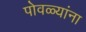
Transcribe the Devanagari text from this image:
पोवळ्यांना